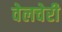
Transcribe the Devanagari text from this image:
वेलचेरी